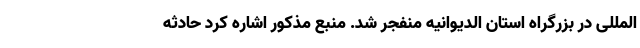
المللی در بزرگراه استان الدیوانیه منفجر شد. منبع مذکور اشاره کرد حادثه